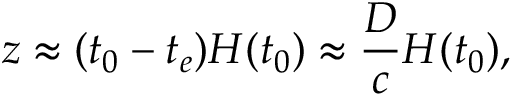
z \approx ( t _ { 0 } - t _ { e } ) H ( t _ { 0 } ) \approx { \frac { D } { c } } H ( t _ { 0 } ) ,